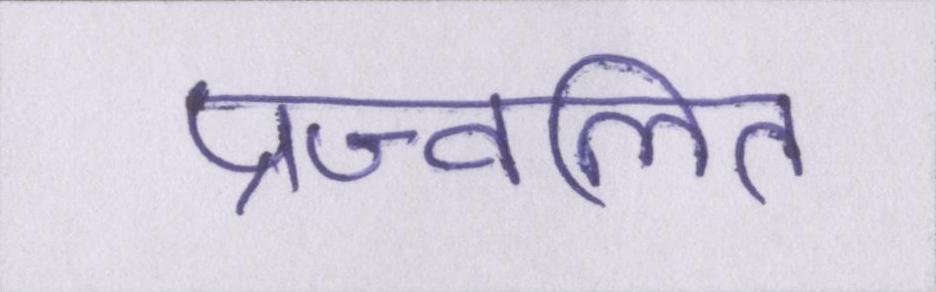
प्रज्वलित